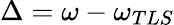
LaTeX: \Delta=\omega-\omega_{TLS}